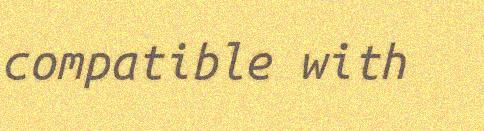
compatible with